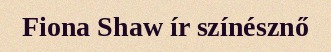
Fiona Shaw ír színésznő